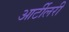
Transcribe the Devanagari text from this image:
आर्टीलरी